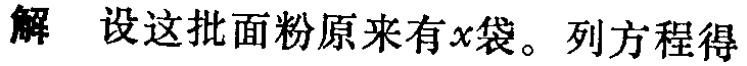
解 设这批面粉原来有\(x\)袋。列方程得